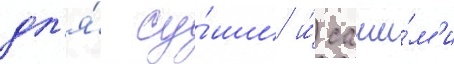
дл'я́ су́ши и́ саши́м'и